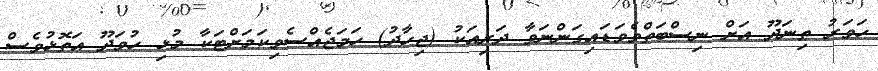
ހަވަރު ތިނަދޫ އަށް ނިސްބަތްވެވަޑައިގަންނަވާ ދަރިއަކު (ޖިހާދު) ހަމަޖެއްސެވިކަމަށްޓަކާ މުޅި ހުވަދޫ އަތޮޅުވެސް